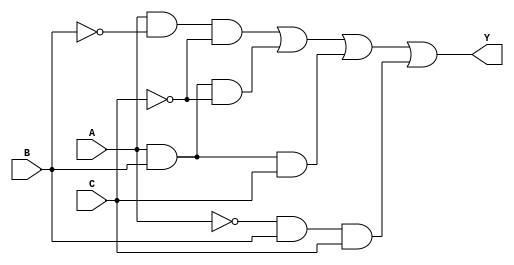
module sop_simplification (
    input wire A,  // Input variable A
    input wire B,  // Input variable B
    input wire C,  // Input variable C
    output wire Y  // Output for the simplified SOP expression
);

// Define the minterms here (for example, let's say we want minterms 1, 3, 5, and 7)
assign Y = (A & ~B & ~C) | (A & B & ~C) | (A & B & C) | (~A & B & C);

endmodule